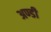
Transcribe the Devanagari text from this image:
अण्डी